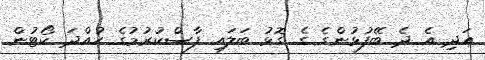
އަދި އެ ދެ ބޭފުޅުންގެ ގެ ގޮޅު ބަލައި ފާސްކުރުމުގެ ހުއްދަ ކޯޓުން